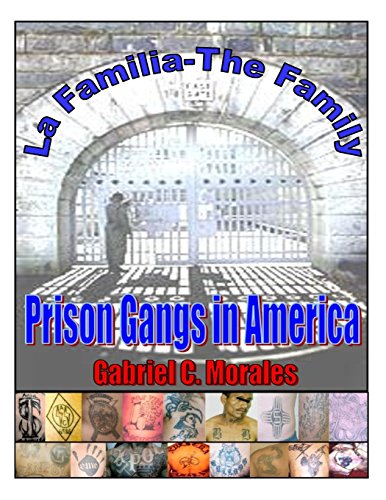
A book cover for Prison Gangs in America: La Familia - The Family; Mr. Gabriel C. Morales; Biographies & Memoirs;